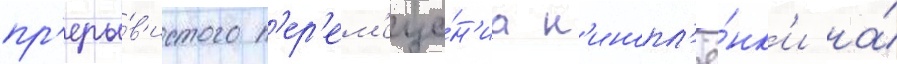
пр'еры́в'истого п'ер'ем'еще́н'иа к'инопл'ё́нк'и на́